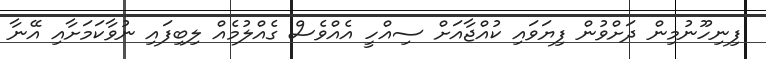
ފިނިހޫނުމިން ދަށްވުން ފިޔަވައި ކުއްޖާއަށް ސިއްހީ އެއްވެސް ގެއްލުމެއް ލިބިފައި ނުވާކަމަށާއި އޭނާ